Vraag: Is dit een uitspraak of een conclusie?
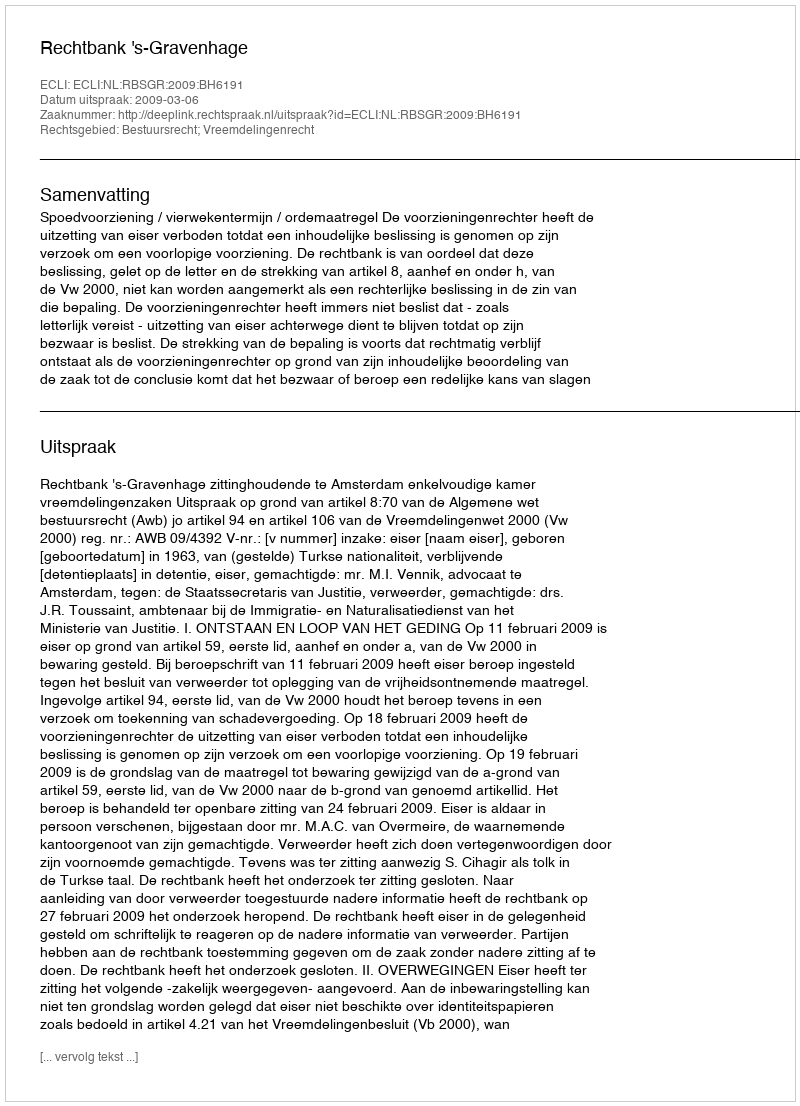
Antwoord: Uitspraak